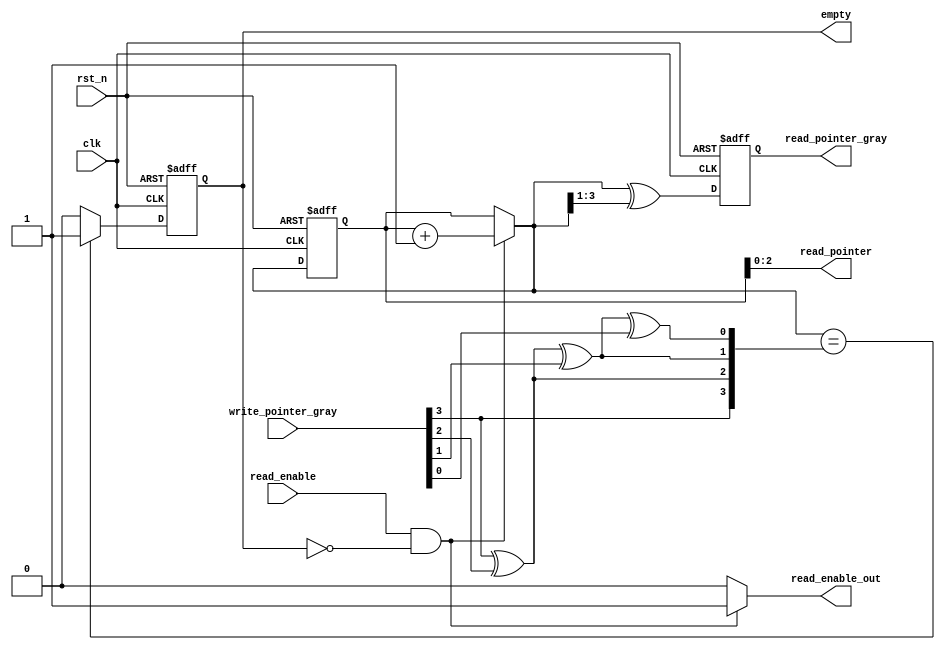
`timescale 1ns / 1ps

////////////////////////////////////////////////////////////////////////////
//
// Munya Kaudani
// 64-QAM Modulator Sync FIFO read counter module
//
////////////////////////////////////////////////////////////////////////////

module sync_fifo_read_counter(
	       input wire	clk,
	       input wire	rst_n,
	       input wire	read_enable,
	       input wire [3:0]	write_pointer_gray,
	       output reg	empty,
	       output reg	read_enable_out,
	       output reg [2:0]	read_pointer,
	       output reg [3:0]	read_pointer_gray
    );

   // internal registers
   reg [3:0]		     read_pointer_full;

   // internal combinational variables
   reg [3:0]		     read_pointer_next;
   reg [3:0]		     read_pointer_gray_next;
   reg [3:0]		     write_pointer;
   reg			     empty_next;			     
		     
   // sequential logic, active-low asynch reset
   always @(posedge clk or negedge rst_n)
     begin
	if (rst_n == 1'b0) begin
	   // reset all registers to default values
	   read_pointer_full   <= 4'h0;
	   read_pointer_gray   <= 4'h0;
	   empty               <= 1'b0;
	end else begin
	   read_pointer_full   <= read_pointer_next;
	   read_pointer_gray   <= read_pointer_gray_next;
	   empty               <= empty_next;
	end // else: !if(rst_n == 1'b0)
     end // always @ (posedge clk or negedge rst_n)

   // combinational logic
   always @(*)
     begin
	// assign default values to all comb variables
	read_enable_out        = 1'b0;
	read_pointer           = read_pointer_full[2:0];
	read_pointer_next      = read_pointer_full; 
	
	// fifo read logic
	if ( (read_enable == 1'b1) & (empty == 1'b0) ) begin
	   read_enable_out    = 1'b1;
	   read_pointer_next  = read_pointer_full + 1'b1;
	end	
	
     end // always @ (*)

   // combinational logic to convert read pointer to gray code
   always @(*)
     begin
	read_pointer_gray_next = read_pointer_next[3:0] ^ {1'b0, read_pointer_next[3:1]};
     end

   // convert write pointer from gray code to binary
   always @(*)
     begin
	write_pointer[3] = write_pointer_gray[3];
	write_pointer[2] = write_pointer_gray[3] ^ write_pointer_gray[2];
	write_pointer[1] = write_pointer_gray[3] ^ write_pointer_gray[2] ^ write_pointer_gray[1];
	write_pointer[0] = write_pointer_gray[3] ^ write_pointer_gray[2] ^ write_pointer_gray[1] ^ write_pointer_gray[0];
     end

   // combinational empty logic
   always @(*)
     begin
	// fifo empty logic
	if (read_pointer_next[3:0] == write_pointer[3:0])
	  empty_next = 1'b1;
	else
	  empty_next = 1'b0;
     end
  

endmodule